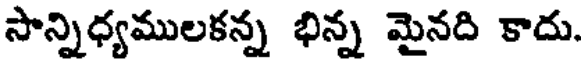
సాన్నిధ్యములకన్న భిన్న మైనది కాదు.